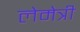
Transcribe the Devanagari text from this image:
लेमेत्री